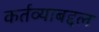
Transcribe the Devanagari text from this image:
कर्तव्याबद्दल